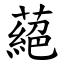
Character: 蕝